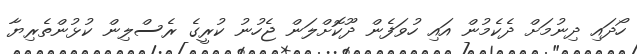
ހޯދައި ދިނުމަށް ދެކެމުން އައި ހުވަފެން ދޫކޮށްލަން ޖެހުނު ކުރީގެ ރެސްލިން ކުޅުންތެރިޔާ